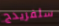
سلفريدج